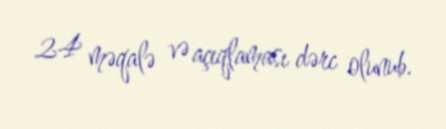
24 məqalə və açıqlaması dərc olunub.